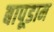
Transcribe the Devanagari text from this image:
बापूडाम